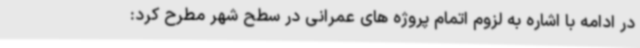
در ادامه با اشاره به لزوم اتمام پروژه های عمرانی در سطح شهر مطرح کرد: